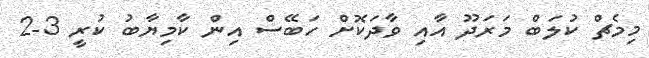
މިމެޗް ކުލަބް މަރަދޫ އާއި ވާދަކޮށް ހަބޭސް އިން ކާމިޔާބު ކުރީ 3-2